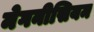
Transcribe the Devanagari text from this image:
मेगनीसियम